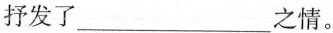
抒发了___之情。